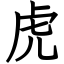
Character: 虎